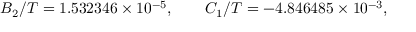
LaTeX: B _ { 2 } / T = 1 . 5 3 2 3 4 6 \times 1 0 ^ { - 5 } , \qquad C _ { 1 } / T = - 4 . 8 4 6 4 8 5 \times 1 0 ^ { - 3 } ,